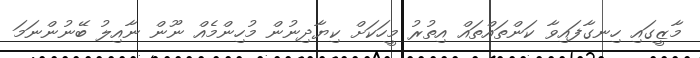
މާޒީގައި ހިނގާފައިވާ ކަންތައްތައް އިތުރު މީހަކަށް ކިޔާދިނުން މުހިންމެއް ނޫން ނާއިލު ބޭނުންނަމަ